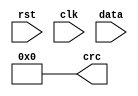
module CRC32 (rst, clk, crc, data); 

  input					rst;
  input                 clk; 
  input     	  [7:0] data;
  reg             [3:0] addr; 
  wire           [31:0] crc1, crc2; 
  output         [31:0] crc = 0; 

  reg [31:0]crc = 0;

  function [31:0] crc_table; 
    input [3:0] addr; 
    case (addr) 
       0: crc_table = 32'h4DBDF21C; 
       1: crc_table = 32'h500AE278; 
       2: crc_table = 32'h76D3D2D4; 
       3: crc_table = 32'h6B64C2B0; 
       4: crc_table = 32'h3B61B38C; 
       5: crc_table = 32'h26D6A3E8; 
       6: crc_table = 32'h000F9344; 
       7: crc_table = 32'h1DB88320; 
       8: crc_table = 32'hA005713C; 
       9: crc_table = 32'hBDB26158; 
      10: crc_table = 32'h9B6B51F4; 
      11: crc_table = 32'h86DC4190; 
      12: crc_table = 32'hD6D930AC; 
      13: crc_table = 32'hCB6E20C8; 
      14: crc_table = 32'hEDB71064; 
      15: crc_table = 32'hF0000000; 
    endcase 
  endfunction 

  assign crc1 = crc[31:4]  ^ crc_table(crc[3:0]  ^ data[3:0]); // low nibble 
  assign crc2 = crc1[31:4] ^ crc_table(crc1[3:0] ^ data[7:4]); // high nibble

  always @ (posedge clk, posedge rst) begin 
    if (rst)
    begin
		crc <= 0;
		addr <= 0; 
	end 
    else 
	begin
		crc  <= crc2; 
		addr <= addr + 1'b1; 
	end 
  end 
 

endmodule